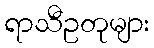
ရာသီဥတုများ